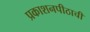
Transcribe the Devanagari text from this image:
प्रकाशनपीठाची